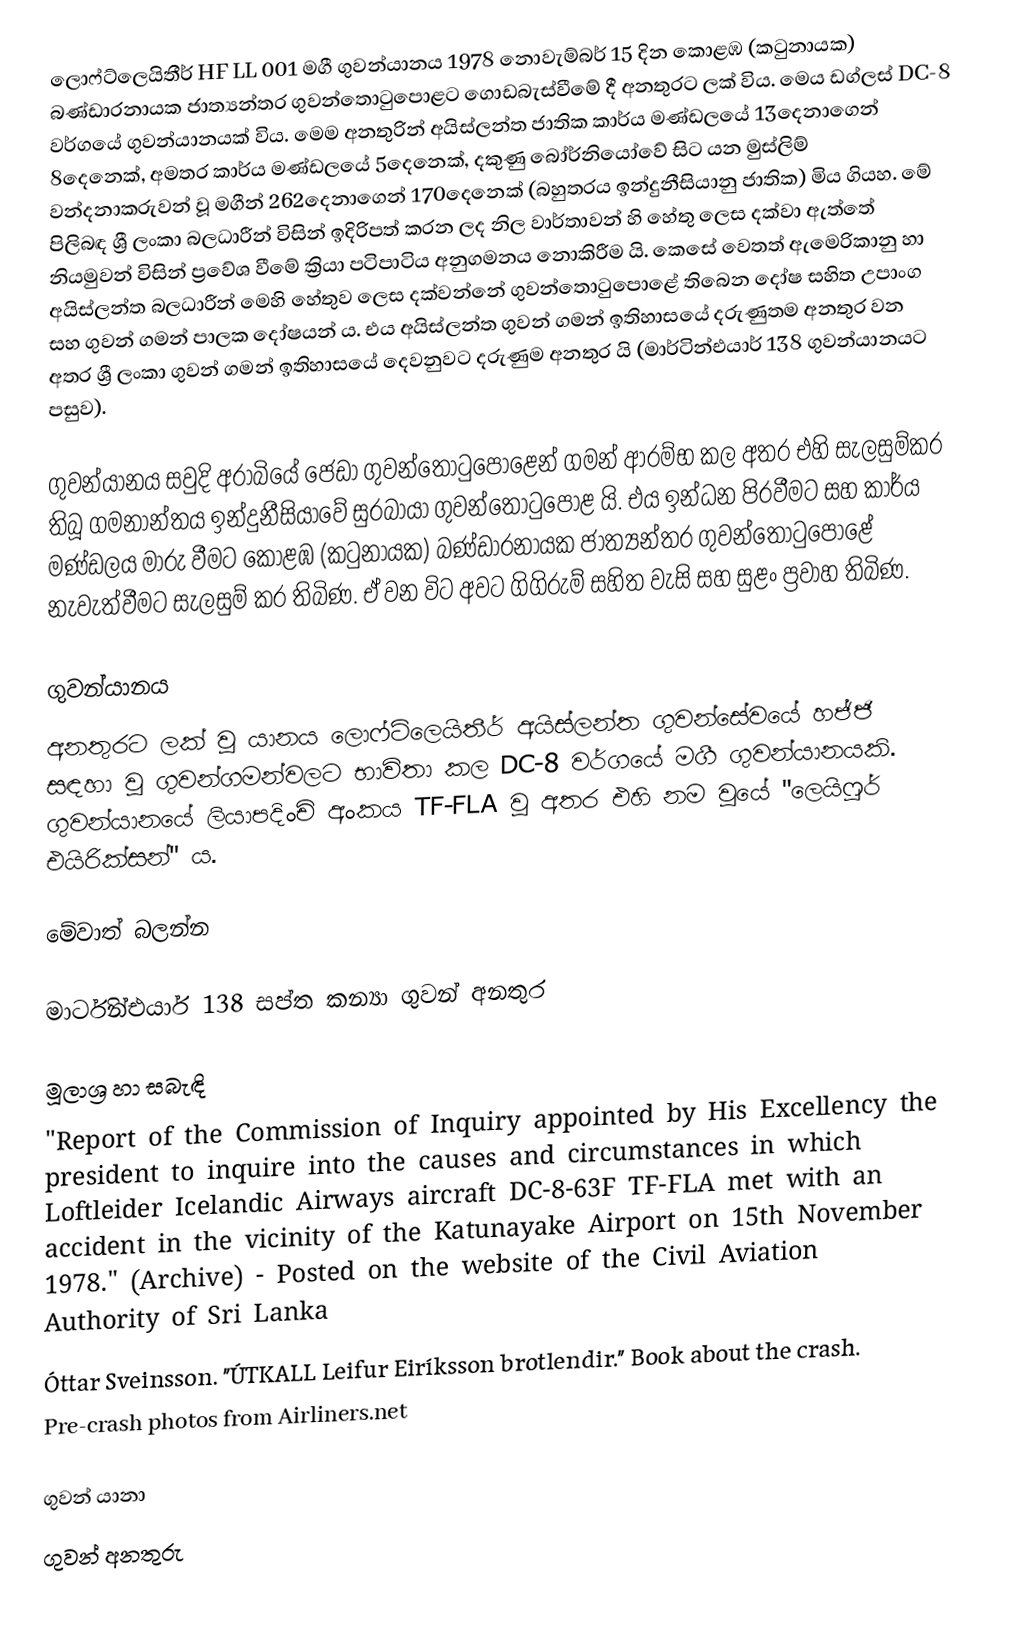
ලොෆ්ට්ලෙයිතීර් HF LL 001 මගී ගුවන්යානය 1978 නොවැම්බර් 15 දින කොළඹ (කටුනායක) බණ්ඩාරනායක ජාත්‍යන්තර ගුවන්තොටුපොළට ගොඩබැස්වීමේ දී අනතුරට ලක් විය. මෙය ඩග්ලස් DC-8 වර්ගයේ ගුවන්යානයක් විය. මෙම අනතුරින් අයිස්ලන්ත ජාතික කාර්ය මණ්ඩලයේ 13දෙනාගෙන් 8දෙනෙක්, අමතර කාර්ය මණ්ඩලයේ 5දෙනෙක්, දකුණු බෝර්නියෝවේ සිට යන මුස්ලිම් වන්දනාකරුවන් වූ මගීන් 262දෙනාගෙන් 170දෙනෙක් (බහුතරය ඉන්දුනීසියානු ජාතික) මිය ගියහ. මේ පිලිබඳ ශ්‍රී ලංකා බලධාරීන් විසින් ඉදිරිපත් කරන ලද නිල වාර්තාවන් හි හේතු ලෙස දක්වා ඇත්තේ නියමුවන් විසින් ප්‍රවේශ වීමේ ක්‍රියා පටිපාටිය අනුගමනය නොකිරීම යි. කෙසේ වෙතත් ඇමෙරිකානු හා අයිස්ලන්ත බලධාරීන් මෙහි හේතුව ලෙස දක්වන්නේ ගුවන්තොටුපොළේ තිබෙන දෝෂ සහිත උපාංග සහ ගුවන් ගමන් පාලක දෝෂයන් ය. එය අයිස්ලන්ත ගුවන් ගමන් ඉතිහාසයේ දරුණුතම අනතුර වන අතර ශ්‍රී ලංකා ගුවන් ගමන් ඉතිහාසයේ දෙවනුවට දරුණුම අනතුර යි (මාර්ටින්එයාර් 138 ගුවන්යානයට පසුව).

ගුවන්යානය සවුදි අරාබියේ ජෙඩා ගුවන්තොටුපොළෙන් ගමන් ආරම්භ කල අතර එහි සැලසුම්කර තිබූ ගමනාන්තය ඉන්දුනීසියාවේ සුරබායා ගුවන්තොටුපොළ යි. එය ඉන්ධන පිරවීමට සහ කාර්ය මණ්ඩලය මාරු වීමට කොළඹ (කටුනායක) බණ්ඩාරනායක ජාත්‍යන්තර ගුවන්තොටුපොළේ නැවැත්වීමට සැලසුම් කර තිබිණ. ඒ වන විට අවට ගිගිරුම් සහිත වැසි සහ සුළං ප්‍රවාහ තිබිණ.

ගුවන්යානය
අනතුරට ලක් වූ යානය ලොෆ්ට්ලෙයිතීර් අයිස්ලන්ත ගුවන්සේවයේ හජ්ජි සඳහා වූ ගුවන්ගමන්වලට භාවිතා කල DC-8 වර්ගයේ මගී ගුවන්යානයකි. ගුවන්යානයේ ලියාපදිංචි අංකය TF-FLA වූ අතර එහි නම වූයේ "ලෙයිෆූර් එයිරික්සන්" ය.

මේවාත් බලන්න

 මාර්ටින්එයාර් 138 සප්ත කන්‍යා ගුවන් අනතුර

මූලාශ්‍ර හා සබැඳි
  "Report of the Commission of Inquiry appointed by His Excellency the president to inquire into the causes and circumstances in which Loftleider Icelandic Airways aircraft DC-8-63F TF-FLA met with an accident in the vicinity of the Katunayake Airport on 15th November 1978." (Archive) - Posted on the website of the Civil Aviation Authority of Sri Lanka
Óttar Sveinsson. "ÚTKALL Leifur Eiríksson brotlendir." Book about the crash.
  Pre-crash photos from Airliners.net

ගුවන් යානා
ගුවන් අනතුරු